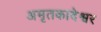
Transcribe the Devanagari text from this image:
अमृतकादेश्वर